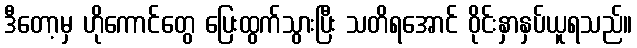
ဒီတော့မှ ဟိုကောင်တွေ ပြေးထွက်သွားပြီး သတိရအောင် ဝိုင်းနှာနှပ်ယူရသည်။